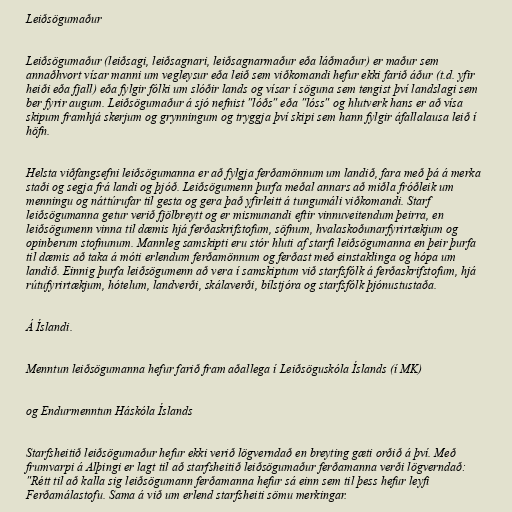
Leiðsögumaður

Leiðsögumaður (leiðsagi, leiðsagnari, leiðsagnarmaður eða láðmaður) er maður sem
annaðhvort vísar manni um vegleysur eða leið sem viðkomandi hefur ekki farið áður (t.d. yfir
heiði eða fjall) eða fylgir fólki um slóðir lands og vísar í söguna sem tengist því landslagi sem
ber fyrir augum. Leiðsögumaður á sjó nefnist "lóðs" eða "lóss" og hlutverk hans er að vísa
skipum framhjá skerjum og grynningum og tryggja því skipi sem hann fylgir áfallalausa leið í
höfn.

Helsta viðfangsefni leiðsögumanna er að fylgja ferðamönnum um landið, fara með þá á merka
staði og segja frá landi og þjóð. Leiðsögumenn þurfa meðal annars að miðla fróðleik um
menningu og náttúrufar til gesta og gera það yfirleitt á tungumáli viðkomandi. Starf
leiðsögumanna getur verið fjölbreytt og er mismunandi eftir vinnuveitendum þeirra, en
leiðsögumenn vinna til dæmis hjá ferðaskrifstofum, söfnum, hvalaskoðunarfyrirtækjum og
opinberum stofnunum. Mannleg samskipti eru stór hluti af starfi leiðsögumanna en þeir þurfa
til dæmis að taka á móti erlendum ferðamönnum og ferðast með einstaklinga og hópa um
landið. Einnig þurfa leiðsögumenn að vera í samskiptum við starfsfólk á ferðaskrifstofum, hjá
rútufyrirtækjum, hótelum, landverði, skálaverði, bílstjóra og starfsfólk þjónustustaða.

Á Íslandi.

Menntun leiðsögumanna hefur farið fram aðallega í Leiðsöguskóla Íslands (í MK)

og Endurmenntun Háskóla Íslands

Starfsheitið leiðsögumaður hefur ekki verið lögverndað en breyting gæti orðið á því. Með
frumvarpi á Alþingi er lagt til að starfsheitið leiðsögumaður ferðamanna verði lögverndað:
"Rétt til að kalla sig leiðsögumann ferðamanna hefur sá einn sem til þess hefur leyfi
Ferðamálastofu. Sama á við um erlend starfsheiti sömu merkingar.